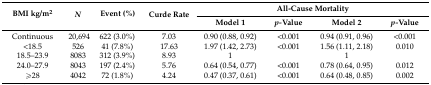
<table><thead><tr><td rowspan="2"><b>BMI kg/m<sup>2</sup></b></td><td rowspan="2"><b><i>N</i></b></td><td rowspan="2"><b>Event (%)</b></td><td rowspan="2"><b>Curde Rate</b></td><td colspan="4"><b>All-Cause Mortality</b></td></tr><tr><td><b>Model 1</b></td><td><b><i>p-</i>Value</b></td><td><b>Model 2</b></td><td><b><i>p-</i>Value</b></td></tr></thead><tbody><tr><td>Continuous</td><td>20,694</td><td>622 (3.0%)</td><td>7.03</td><td>0.90 (0.88, 0.92)</td><td>&lt;0.001</td><td>0.94 (0.91, 0.96)</td><td>&lt;0.001</td></tr><tr><td>&lt;18.5</td><td>526</td><td>41 (7.8%)</td><td>17.63</td><td>1.97 (1.42, 2.73)</td><td>&lt;0.001</td><td>1.56 (1.11, 2.18)</td><td>0.010</td></tr><tr><td>18.5–23.9</td><td>8083</td><td>312 (3.9%)</td><td>8.93</td><td>1</td><td></td><td>1</td><td></td></tr><tr><td>24.0–27.9</td><td>8043</td><td>197 (2.4%)</td><td>5.76</td><td>0.64 (0.54, 0.77)</td><td>&lt;0.001</td><td>0.78 (0.64, 0.95)</td><td>0.012</td></tr><tr><td>≥28</td><td>4042</td><td>72 (1.8%)</td><td>4.24</td><td>0.47 (0.37, 0.61)</td><td>&lt;0.001</td><td>0.64 (0.48, 0.85)</td><td>0.002</td></tr></tbody></table>